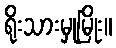
ရိုးသားမှုမြိုး။